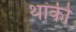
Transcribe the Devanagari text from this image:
थांकी